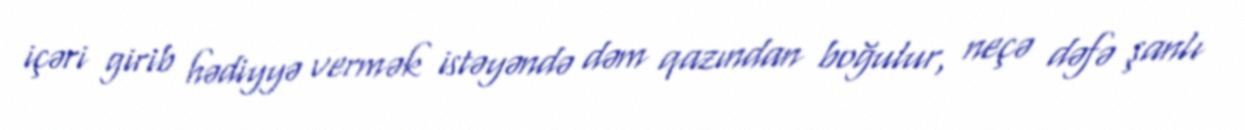
içəri girib hədiyyə vermək istəyəndə dəm qazından boğulur, neçə dəfə şanlı